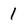
Character: 1